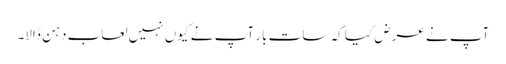
آپ نے عرض کیا کہ سات بار آپ نے کیوں نہیں لعاب دہن ڈالا۔